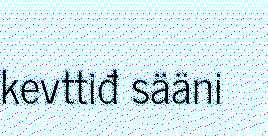
kevttiđ sääni